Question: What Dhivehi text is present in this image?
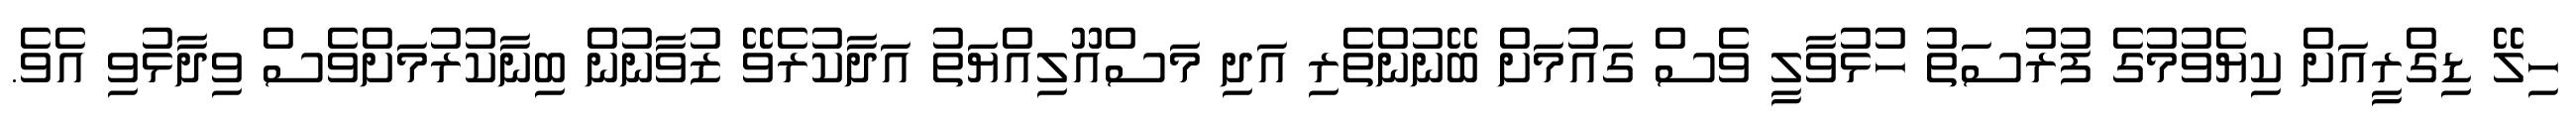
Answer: ހިލޭ ޑިގްރީއަށް ކިޔެވުމުގެ ފުރުސަތު ހުޅުވާލީ ވެސް ގައުމަށް ބޭނުންތެރި އަދި މަސްއޫލިއްޔަތު އަދާކުރެވޭ ޒުވާނުން ބިނާކުރުމަށްވެސް ވިދާޅުވި އެވެ.